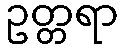
ဥတ္တရာ